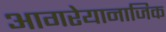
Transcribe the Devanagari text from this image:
आगरेयानाजिक